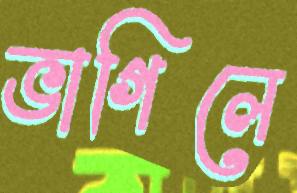
ভাগিলে